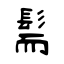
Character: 髵